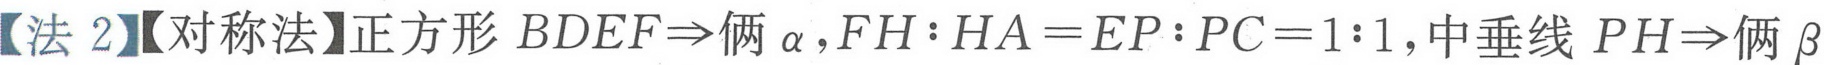
【法 2】【对称法】正方形$BDEF\Rightarrow 俩\ \alpha ,FH:HA = EP:PC = 1:1$,中垂线$PH\Rightarrow 俩\ \beta$